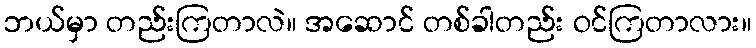
ဘယ်မှာ တည်းကြတာလဲ။ အဆောင် တစ်ခါတည်း ဝင်ကြတာလား။